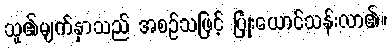
သူ၏မျက်နှာသည် အစဉ်သဖြင့် ပြုံးယောင်သန်းလာ၏။